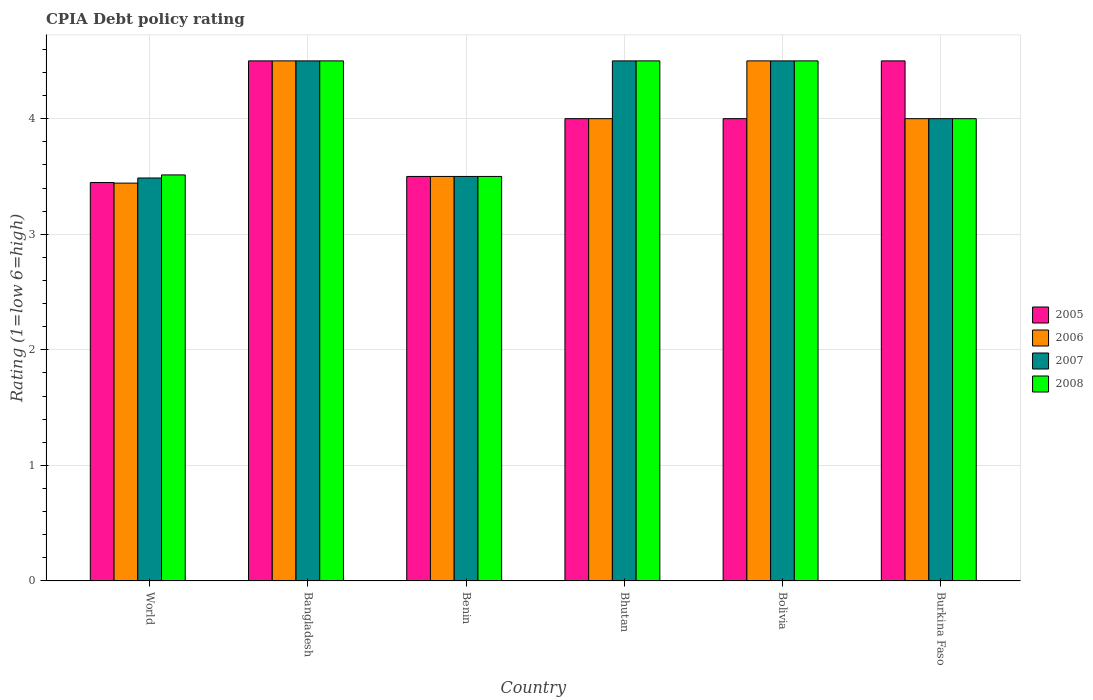
| Country | 2005 | 2006 | 2007 | 2008 |
 | --- | --- | --- | --- | --- |
 | World | 3.45 | 3.44 | 3.49 | 3.51 |
 | Bangladesh | 4.5 | 4.5 | 4.5 | 4.5 |
 | Benin | 3.5 | 3.5 | 3.5 | 3.5 |
 | Bhutan | 4 | 4 | 4.5 | 4.5 |
 | Bolivia | 4 | 4.5 | 4.5 | 4.5 |
 | Burkina Faso | 4.5 | 4 | 4 | 4 |